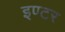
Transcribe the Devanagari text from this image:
इण्‍टर